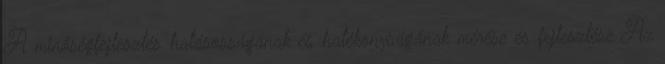
A minőségfejlesztés hatásosságának és hatékonyságának mérése és fejlesztése Az